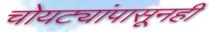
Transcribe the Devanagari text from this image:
चोयट्यांपासूनही